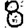
Digit: 8